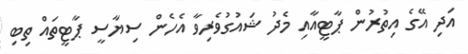
އަދި އޭގެ އިތުރުން ޕާޓީއާއި މެދު ޝައުގުވެރިވާ އެހެން ސިޔާސީ ޕާޓީތައް ތިބި